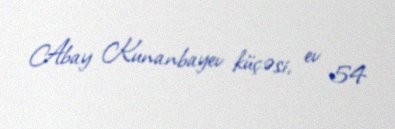
Abay Kunanbayev küçəsi, ev 54